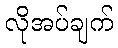
လိုအပ်ချက်